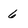
Character: 6